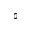
\natural